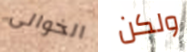
الخوالى ولكن